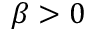
\beta > 0